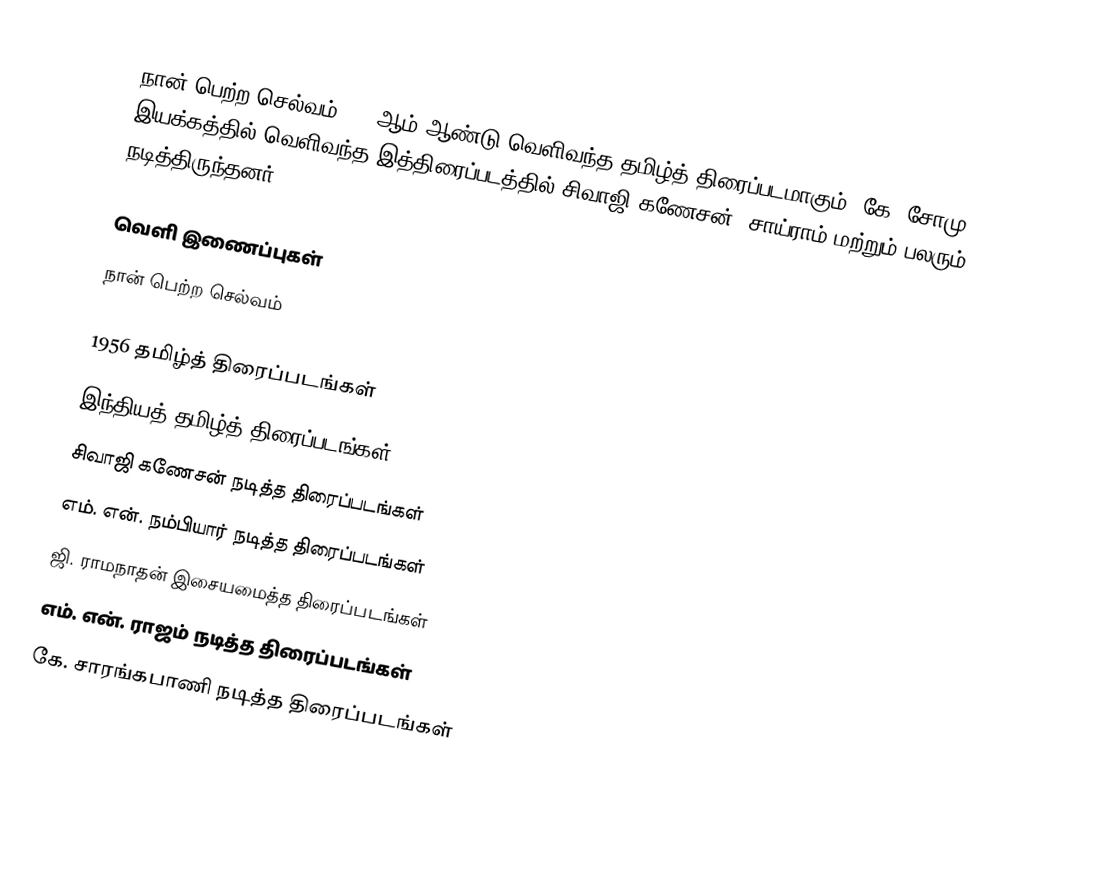
நான் பெற்ற செல்வம்1956 ஆம் ஆண்டு வெளிவந்த தமிழ்த் திரைப்படமாகும். கே. சோமு இயக்கத்தில் வெளிவந்த இத்திரைப்படத்தில் சிவாஜி கணேசன், சாய்ராம் மற்றும் பலரும் நடித்திருந்தனர்.

வெளி இணைப்புகள்
 நான் பெற்ற செல்வம்

1956 தமிழ்த் திரைப்படங்கள்
இந்தியத் தமிழ்த் திரைப்படங்கள்
சிவாஜி கணேசன் நடித்த திரைப்படங்கள்
எம். என். நம்பியார் நடித்த திரைப்படங்கள்
ஜி. ராமநாதன் இசையமைத்த திரைப்படங்கள்
எம். என். ராஜம் நடித்த திரைப்படங்கள்
கே. சாரங்கபாணி நடித்த திரைப்படங்கள்